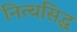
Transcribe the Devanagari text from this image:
नित्यसिद्ध